Vaccination North-Western Provinces and Oudh 1896-1901 - 1896-1901
Year: 1896
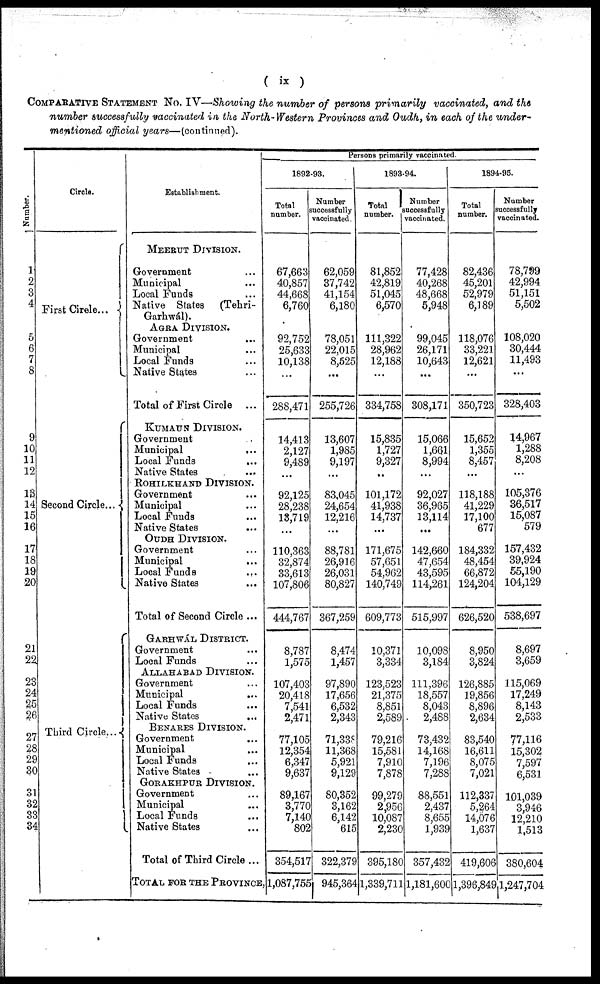
( ix )
COMPARATIVE STATEMENT No. IV—Showing the number of persons primarily vaccinated, and the
number successfully vaccinated in the North-Western Provinces and Oudh, in each of the under¬
mentioned official years—(continued).
Number.
1
2
3
4
5
6
7
8
9
10
11
12
13
14
15
16
17
18
19
20
21
22
23
24
25
26
27
28
29
30
31
32
33
34
Circle.
First Circle...
Second Circle...
Third Circle...
Establishment.
MEERUT DIVISION.
Government ...
Municipal ...
Local Funds ...
Native States
(Tehri¬
Garhwál).
AGRA DIVISION.
Government
...
Municipal ...
Local Funds ...
Native States
Total of First Circle
...
KUMAUN DIVISION.
Government ...
Municipal
...
Local Funds ...
Native States ...
ROHILKHAND DIVISION.
Government
...
Municipal ...
Local Funds ...
Native States ...
OUDH DIVISION.
Government ...
Municipal ...
Local Funds
...
Native States
Total of Second Circle ...
GARHWÁL DISTRICT.
Government ...
Local Funds ...
ALLAHABAD DIVISION.
Government ...
Municipal ...
Local Funds ...
Native States
...
BENARES DIVISION.
Government ...
Municipal ...
Local Funds ...
Native States ...
GORAKHPUR DIVISION.
Government ...
Municipal ...
Local Funds ...
Native States ...
Total of Third Circle...
TOTAL FOR THE PROVINCE,
Persons primarily vaccinated.
1892-93.
Total
number.
67,663
40,857
44,668
6,760
92,752
25,633
10,138
...
288,471
14,413
2,127
9,489
...
92,125
28,238
13,719
...
110,363
32,874
33,613
107,806
444,767
8,787
1,575
107,403
20,418
7,541
2,471
77,105
12,354
6,347
9,637
89,167
3,770
7,140
802
354,517
1,087,755
Number
successfully
vaccinated.
62,059
37,742
41,154
6,180
78,051
22,015
8,625
...
255,726
13,607
1,985
9,197
...
83,045
24,654
12,216
...
88,781
26,916
26,031
80,827
367,259
8,474
1,457
97,890
17,656
6,532
2,343
71,338
11,368
5,921
9,129
80,352
3,162
6,142
615
322,379
945,364
1893-94.
Total
number.
81,852
42,819
51,045
6,570
111,322
28,962
12,188
...
334,758
15,835
1,727
9,327
...
101,172
41,938
14,737
...
171,675
57,651
54,962
140,749
609,773
10,371
3,334
123,523
21,375
8,851
2,589
79,216
15,581
7,910
7,878
99,279
2,956
10,087
2,230
395,180
1,339,711
Number
successfully
vaccinated.
77,428
40,268
48,668
5,948
99,045
26,171
10,643
...
308,171
15,066
1,661
8,994
...
92,027
36,965
13,114
...
142,660
47,654
43,595
114,261
515,997
10,098
3,184
111,396
18,557
8,043
2,488
73,432
14,168
7,196
7,288
88,551
2,437
8,655
1,939
357,432
1,181,600
1894-95.
Total
number.
82,436
45,201
52,979
6,189
118,076
33,221
12,621
...
350,723
15,652
1,355
8,457
...
118,188
41,229
17,100
677
184,332
48,454
66,872
124,204
626,520
8,950
3,824
126,885
19,856
8,896
2,634
83,540
16,611
8,075
7,021
112,337
5,264
14,076
1,637
419,606
1,396,849
Number
successfully
vaccinated.
78,799
42,994
51,151
5,502
108,020
30,444
11,493
...
328,403
14,967
1,288
8,208
...
105,376
36,517
15,087
579
157,432
39,924
55,190
104,129
538,697
8,697
3,659
115,069
17,249
8,143
2,533
77,116
15,302
7,597
6,531
101,039
3,946
12,210
1,513
380,604
1,247,704